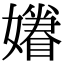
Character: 𡣣